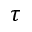
\tau